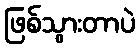
ဖြစ်သွားတာပဲ